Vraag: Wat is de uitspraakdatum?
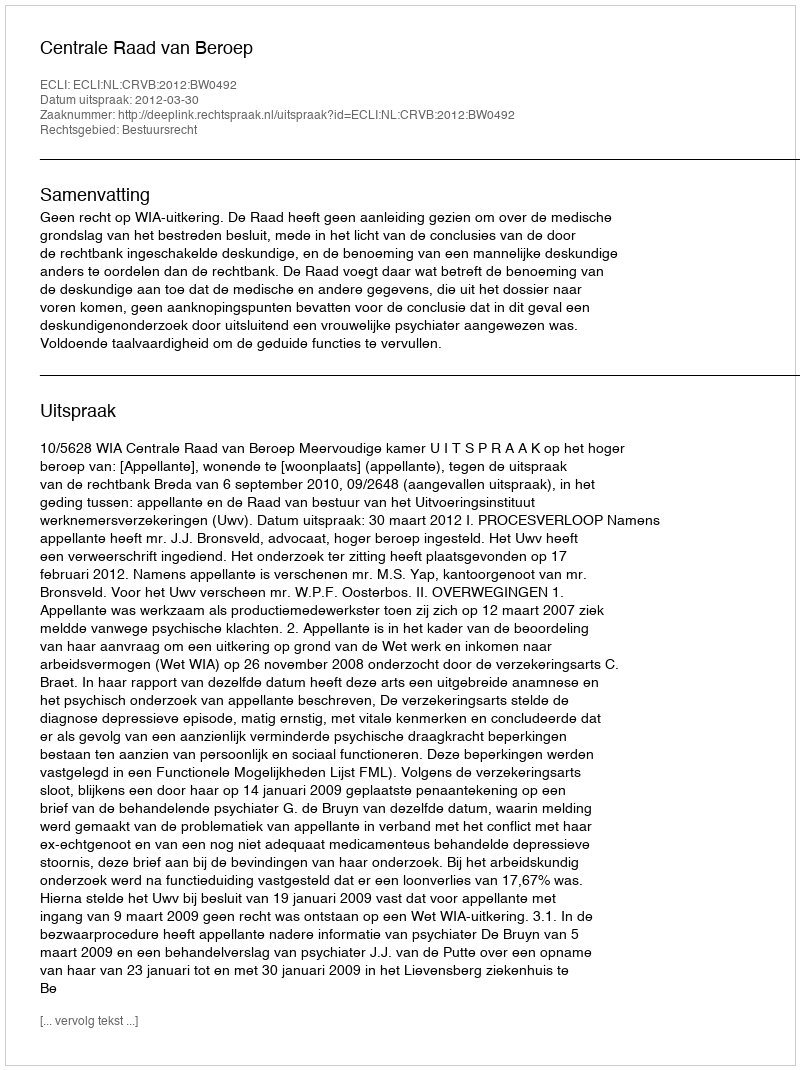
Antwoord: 2012-03-30